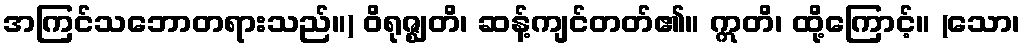
အကြင်သဘောတရားသည်။) ဝိရုဇ္ဈတိ၊ ဆန့်ကျင်တတ်၏။ ဣတိ၊ ထို့ကြောင့်။ (သော၊